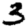
Digit: 3